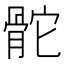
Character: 𩨭